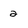
Character: 2